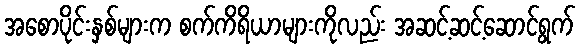
အစောပိုင်းနှစ်များက စက်ကိရိယာများကိုလည်း အဆင့်ဆင့်ဆောင်ရွက်